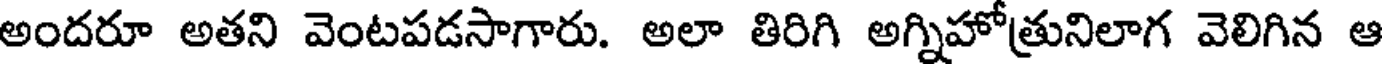
అందరూ అతని వెంటపడసాగారు. అలా తిరిగి అగ్నిహోత్రునిలాగ వెలిగిన ఆ